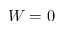
W = 0